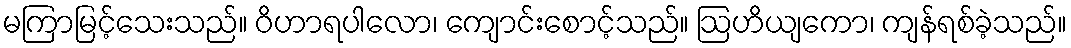
မကြာမြင့်သေးသည်။ ဝိဟာရပါလော၊ ကျောင်းစောင့်သည်။ ဩဟိယျကော၊ ကျန်ရစ်ခဲ့သည်။